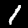
Label: 1